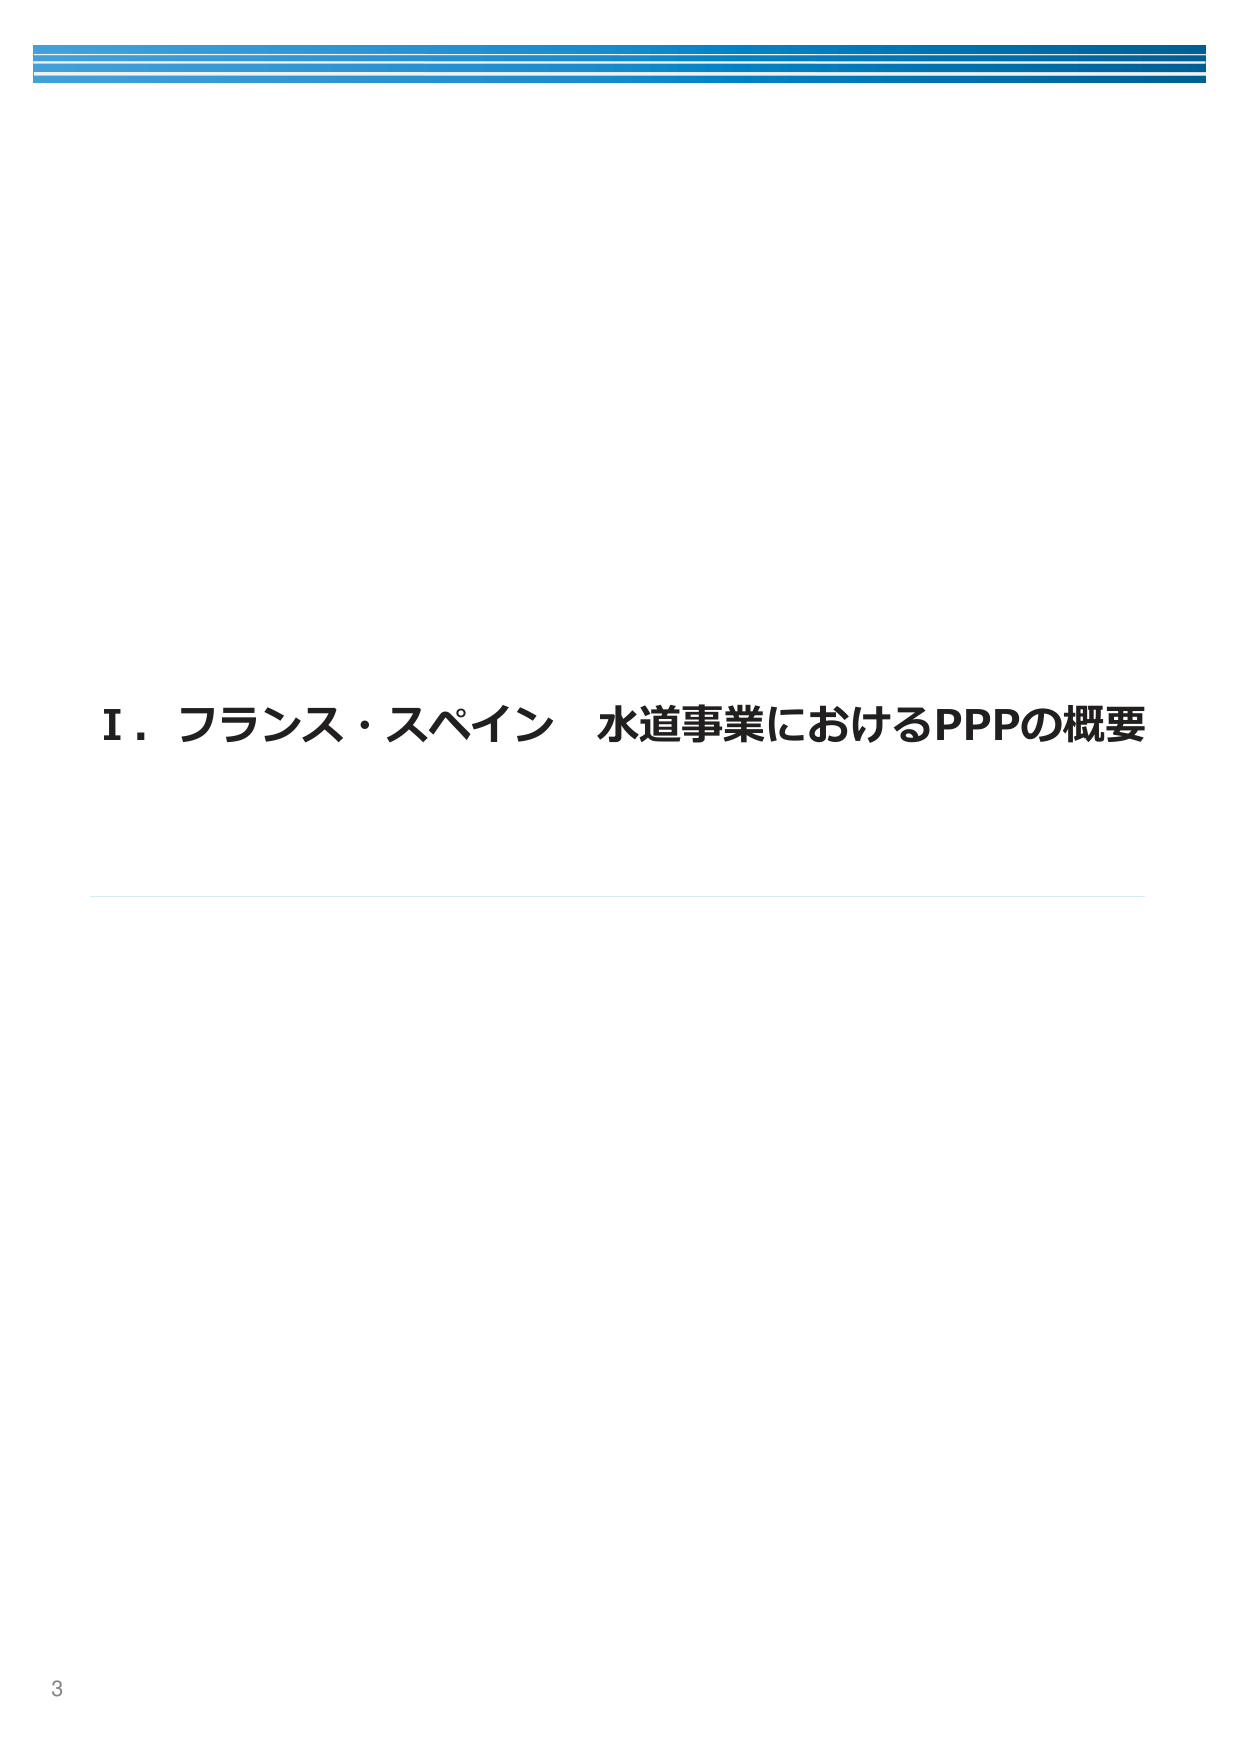
I．フランス・スペイン 水道事業におけるPPPの概要

3